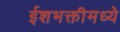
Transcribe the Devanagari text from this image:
ईशभक्तीमध्ये